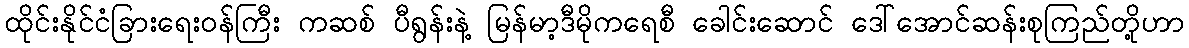
ထိုင်းနိုင်ငံခြားရေးဝန်ကြီး ကဆစ် ပီရွန်းနဲ့ မြန်မာ့ဒီမိုကရေစီ ခေါင်းဆောင် ဒေါ်အောင်ဆန်းစုကြည်တို့ဟာ